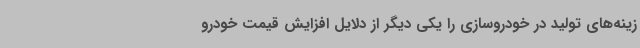
زینه‌های تولید در خودروسازی را یکی دیگر از دلایل افزایش قیمت خودرو